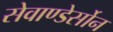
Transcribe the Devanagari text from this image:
सेवाण्डेर्सोन